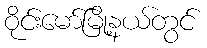
ဝိုင်းမော်မြို့နယ်တွင်